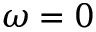
\omega = 0